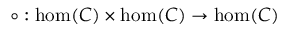
\circ : \hom ( C ) \times \hom ( C ) \to \hom ( C )